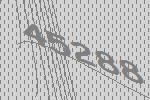
45288